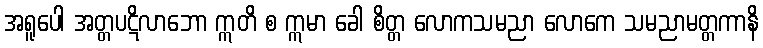
အရူပေါ အတ္တပဋိလာဘော ဣတိ စ ဣမာ ခေါ စိတ္တ လောကသမညာ လောကေ သမညာမတ္တကာနိ